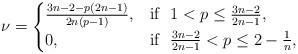
LaTeX: \begin{align*}\nu = \begin{cases} \frac{3n-2 - p(2n-1)}{2n(p-1)}, & \mbox{if } \ 1< p \le \frac{3n-2}{2n-1},\\ 0, & \mbox{if } \ \frac{3n-2}{2n-1} < p \le 2-\frac{1}{n}, \end{cases}\end{align*}